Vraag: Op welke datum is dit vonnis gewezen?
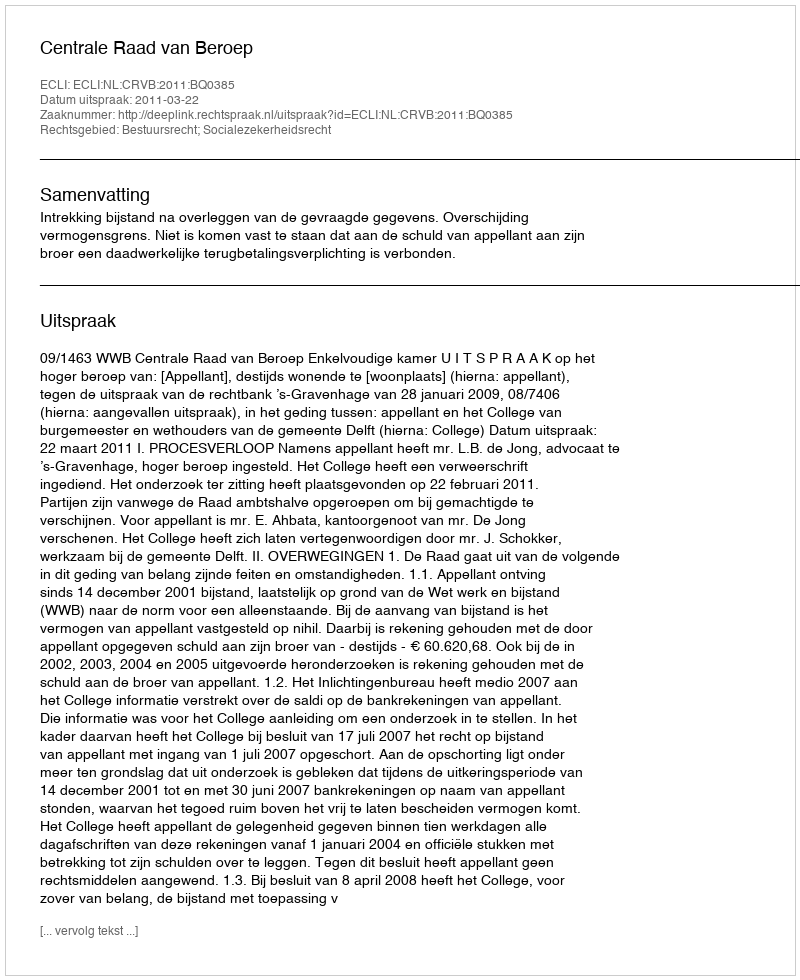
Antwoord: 2011-03-22